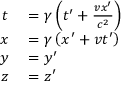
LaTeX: \begin{array} { r l } { t } & { { } = \gamma \left( t ^ { \prime } + { \frac { v x ^ { \prime } } { c ^ { 2 } } } \right) } \\ { x } & { { } = \gamma \left( x ^ { \prime } + v t ^ { \prime } \right) } \\ { y } & { { } = y ^ { \prime } } \\ { z } & { { } = z ^ { \prime } } \end{array}